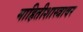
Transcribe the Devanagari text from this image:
माहितीशास्त्रावर